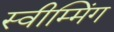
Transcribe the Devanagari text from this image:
स्वीम्मिंग